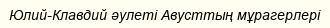
Юлий-Клавдий әулеті Авусттың мұрагерлерi